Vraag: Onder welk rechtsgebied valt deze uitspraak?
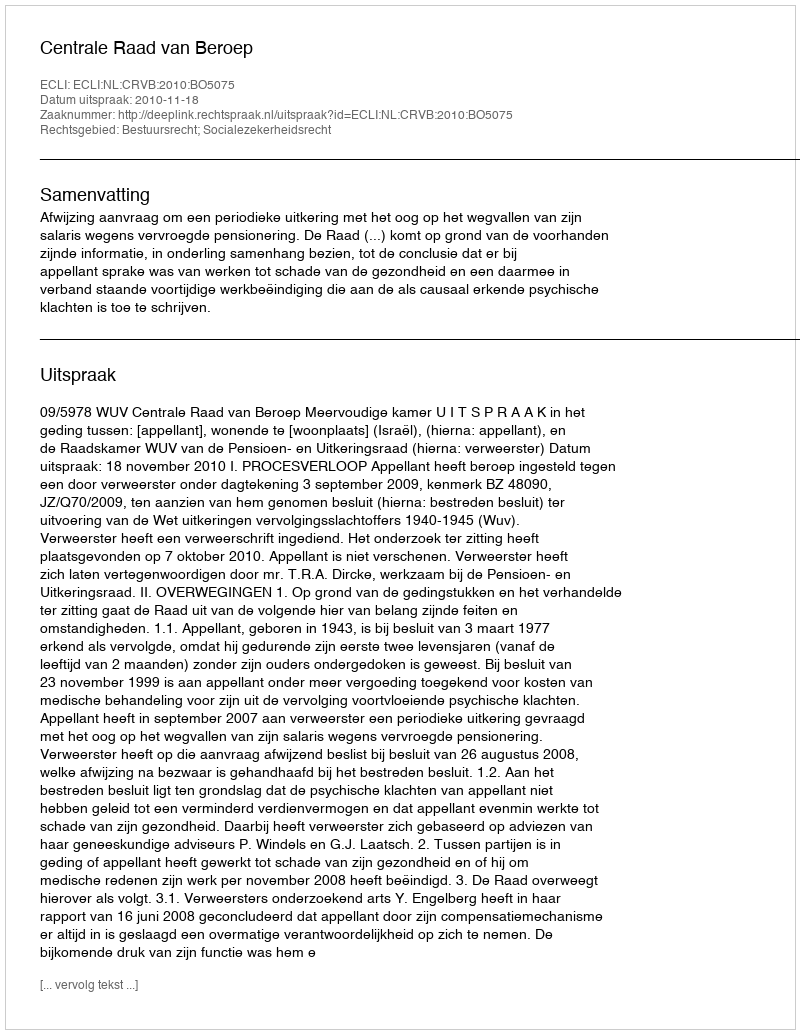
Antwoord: Bestuursrecht; Socialezekerheidsrecht